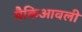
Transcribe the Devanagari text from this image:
मैकिआवली